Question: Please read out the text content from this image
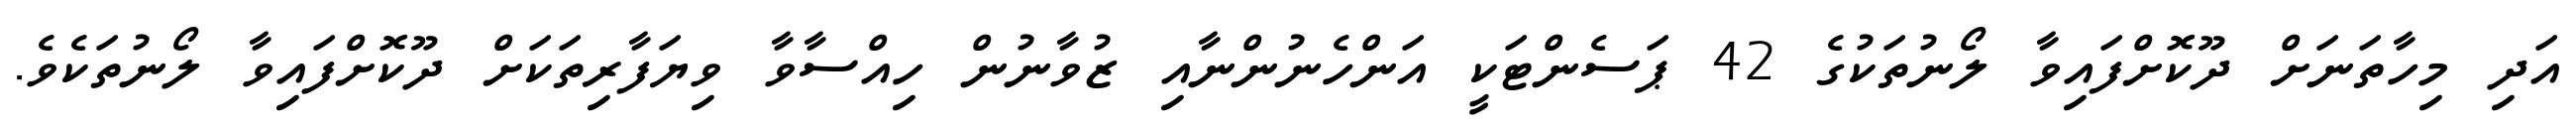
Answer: އަދި މިހާތަނަށް ދޫކޮށްފައިވާ ލޯނުތަކުގެ 42 ޕަސެންޓަކީ އަންހެނުންނާއި ޒުވާނުން ހިއްސާވާ ވިޔަފާރިތަކަށް ދޫކޮށްފައިވާ ލޯނުތަކެވެ.